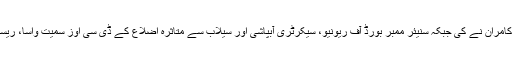
اجلاس کی صدارت کابینہ کمیٹی برائے فلڈ کے چیئرمین صوبائی وزیر ملک ندیم کامران نے کی جبکہ سنیئر ممبر بورڈ آف ریونیو، سیکرٹری آبپاشی اور سیلاب سے متاثرہ اضلاع کے ڈی سی اوز سمیت واسا، ریسکیو، صحت، پولیس اور دیگر محکموں کے نمائندے بھی اجلاس میں موجود تھے۔